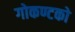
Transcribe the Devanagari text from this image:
गोकण्टको